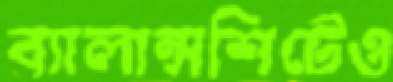
ব্যালান্সশিটেও